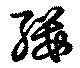
纓